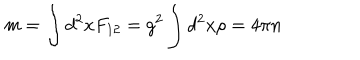
LaTeX: m = \int d ^ { 2 } x F _ { 1 2 } = g ^ { 2 } \int d ^ { 2 } x \rho = 4 \pi n